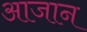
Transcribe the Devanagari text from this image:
आजान